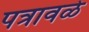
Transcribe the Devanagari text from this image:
पत्रावळे